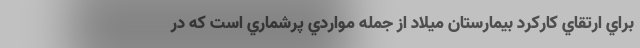
براي ارتقاي كاركرد بيمارستان ميلاد از جمله مواردي پرشماري است كه در